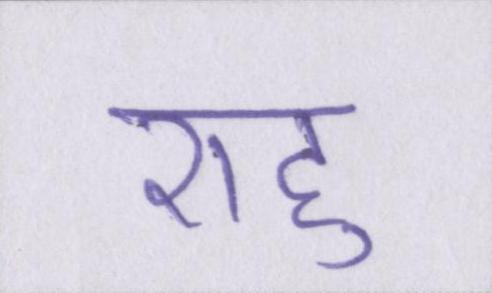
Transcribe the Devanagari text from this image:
राहु